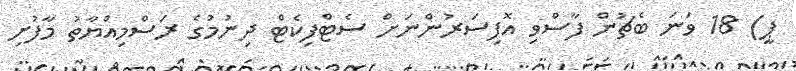
ޕީ) 18 ވަނަ ބެޗުން ފާސްވި އޮފިސަރުންނަށް ސެޓްފިކެޓް ދިނުމުގެ ރަސްމިއްޔާތު މާފުށި